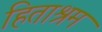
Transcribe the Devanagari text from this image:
हिताश्रम